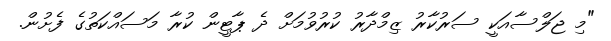
"މި ޖަލްސާއަކީ ސަރުކާރު ޒިމްދާރު ކުރުވުމަށް ދެ ޕާޓީން ކުރާ މަސައްކަތުގެ ފެށުން.